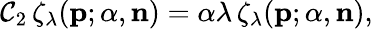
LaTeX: \mathcal{C}_{2}\, \zeta_{\lambda}({\mathbf{p}};{\alpha},{\mathbf{n}})={\alpha}{\lambda}\, \zeta_{\lambda}({\mathbf{p}};{\alpha},{\mathbf{n}}),